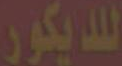
للديكور